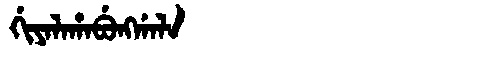
Manchu: ᡤᡳᠶᠠᠯᠠᡥᠠᠪᡠᠩᡤᠠᠯᠠ
Romanization: GIYALAHABUNGGALA